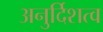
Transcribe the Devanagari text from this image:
अनुर्दिशत्व